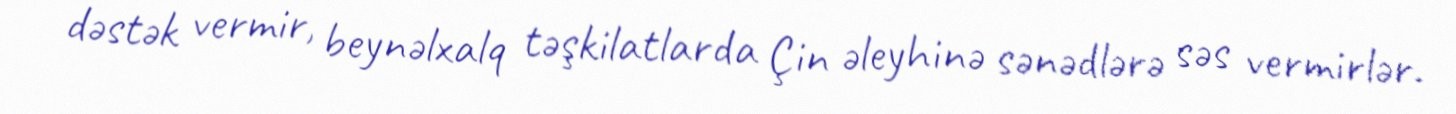
dəstək vermir, beynəlxalq təşkilatlarda Çin əleyhinə sənədlərə səs vermirlər.